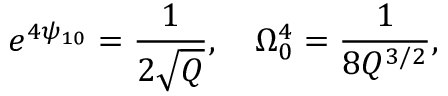
e ^ { 4 \psi _ { 1 0 } } = \frac { 1 } { 2 \sqrt { Q } } , ~ ~ ~ \Omega _ { 0 } ^ { 4 } = \frac { 1 } { 8 Q ^ { 3 / 2 } } ,